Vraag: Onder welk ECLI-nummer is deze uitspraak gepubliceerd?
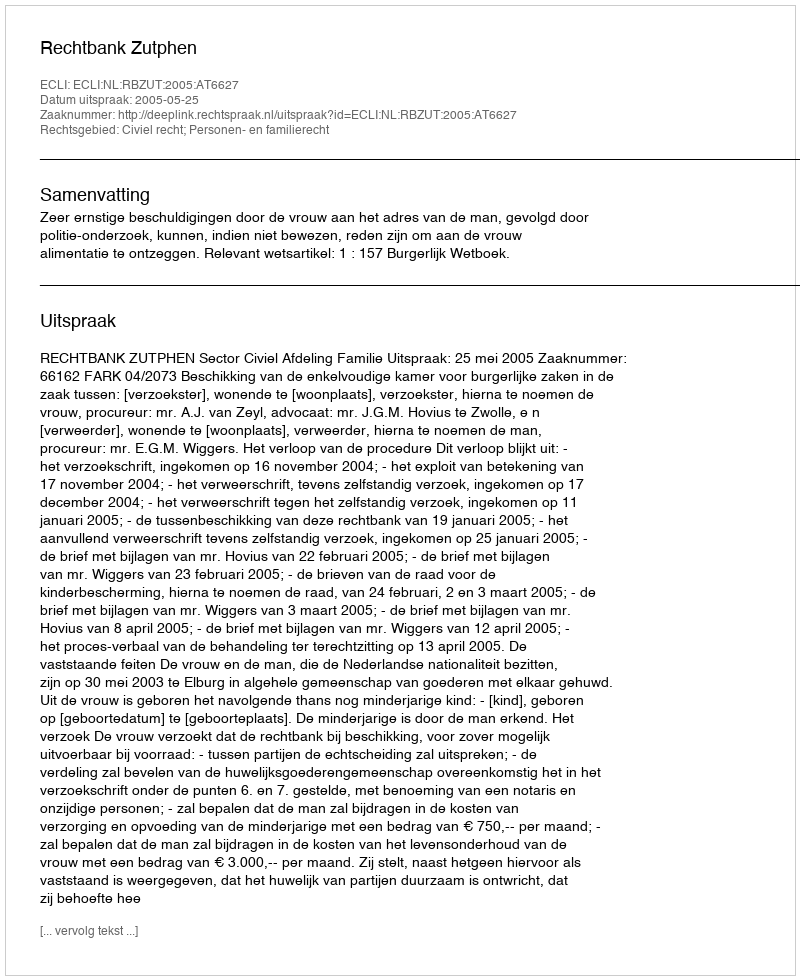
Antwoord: ECLI:NL:RBZUT:2005:AT6627